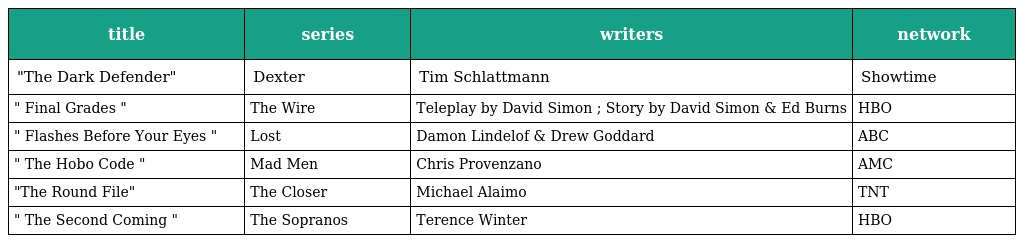
| title | series | writers | network |
 | --- | --- | --- | --- |
 | "The Dark Defender" | Dexter | Tim Schlattmann | Showtime |
 | " Final Grades " | The Wire | Teleplay by David Simon ; Story by David Simon & Ed Burns | HBO |
 | " Flashes Before Your Eyes " | Lost | Damon Lindelof & Drew Goddard | ABC |
 | " The Hobo Code " | Mad Men | Chris Provenzano | AMC |
 | "The Round File" | The Closer | Michael Alaimo | TNT |
 | " The Second Coming " | The Sopranos | Terence Winter | HBO |